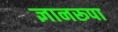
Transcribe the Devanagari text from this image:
ज्ञानरूपा